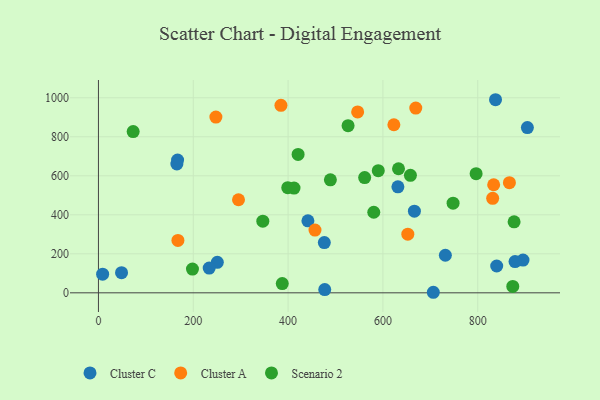
{"axis": {"x": "Experience", "y": "Profit"}, "legend": ["Cluster A", "Cluster C", "Scenario 2"], "data": [{"x": "8.8", "y": 95.8, "type": "Cluster C"}, {"x": "48.7", "y": 103.5, "type": "Cluster C"}, {"x": "476.4", "y": 257.6, "type": "Cluster C"}, {"x": "250.7", "y": 156.4, "type": "Cluster C"}, {"x": "904.7", "y": 847.3, "type": "Cluster C"}, {"x": "840.0", "y": 137.4, "type": "Cluster C"}, {"x": "666.4", "y": 418.6, "type": "Cluster C"}, {"x": "441.8", "y": 368.9, "type": "Cluster C"}, {"x": "233.6", "y": 127.1, "type": "Cluster C"}, {"x": "895.5", "y": 168.0, "type": "Cluster C"}, {"x": "837.5", "y": 990.0, "type": "Cluster C"}, {"x": "166.9", "y": 680.8, "type": "Cluster C"}, {"x": "165.4", "y": 660.4, "type": "Cluster C"}, {"x": "878.7", "y": 160.4, "type": "Cluster C"}, {"x": "631.6", "y": 543.4, "type": "Cluster C"}, {"x": "477.3", "y": 16.5, "type": "Cluster C"}, {"x": "731.7", "y": 192.6, "type": "Cluster C"}, {"x": "706.3", "y": 2.8, "type": "Cluster C"}, {"x": "669.3", "y": 947.3, "type": "Cluster A"}, {"x": "456.7", "y": 321.5, "type": "Cluster A"}, {"x": "831.5", "y": 484.5, "type": "Cluster A"}, {"x": "167.6", "y": 268.4, "type": "Cluster A"}, {"x": "295.4", "y": 477.1, "type": "Cluster A"}, {"x": "833.6", "y": 554.2, "type": "Cluster A"}, {"x": "652.5", "y": 300.6, "type": "Cluster A"}, {"x": "623.1", "y": 861.7, "type": "Cluster A"}, {"x": "384.9", "y": 961.2, "type": "Cluster A"}, {"x": "546.7", "y": 927.6, "type": "Cluster A"}, {"x": "866.8", "y": 564.6, "type": "Cluster A"}, {"x": "247.7", "y": 901.3, "type": "Cluster A"}, {"x": "73.2", "y": 826.9, "type": "Scenario 2"}, {"x": "561.5", "y": 590.9, "type": "Scenario 2"}, {"x": "590.2", "y": 626.1, "type": "Scenario 2"}, {"x": "399.3", "y": 539.1, "type": "Scenario 2"}, {"x": "387.7", "y": 47.4, "type": "Scenario 2"}, {"x": "421.1", "y": 709.5, "type": "Scenario 2"}, {"x": "873.9", "y": 32.9, "type": "Scenario 2"}, {"x": "346.7", "y": 367.5, "type": "Scenario 2"}, {"x": "748.0", "y": 459.5, "type": "Scenario 2"}, {"x": "412.5", "y": 536.9, "type": "Scenario 2"}, {"x": "658.0", "y": 602.5, "type": "Scenario 2"}, {"x": "526.5", "y": 856.9, "type": "Scenario 2"}, {"x": "489.2", "y": 579.2, "type": "Scenario 2"}, {"x": "632.9", "y": 636.2, "type": "Scenario 2"}, {"x": "796.6", "y": 611.0, "type": "Scenario 2"}, {"x": "580.7", "y": 413.1, "type": "Scenario 2"}, {"x": "876.7", "y": 363.9, "type": "Scenario 2"}, {"x": "198.3", "y": 122.0, "type": "Scenario 2"}]}